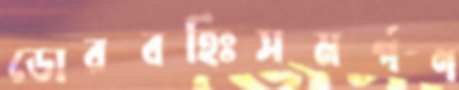
ডোরবহিঃসমর্পণ